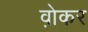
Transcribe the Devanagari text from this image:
व़ोकर